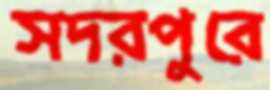
সদরপুরে